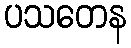
ပသတေန